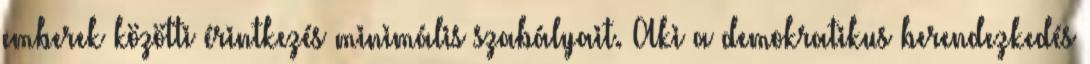
emberek közötti érintkezés minimális szabályait. Aki a demokratikus berendezkedés